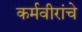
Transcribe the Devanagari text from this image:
कर्मवीरांचे